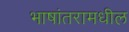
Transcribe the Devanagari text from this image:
भाषांतरामधील